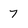
Character: 7